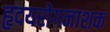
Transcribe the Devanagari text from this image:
हृदयरोगनाशक